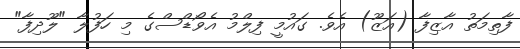
ފާތިމަތު އާޒިފާ (އަޒޫ) އެވެ. ގައުމީ ފިލްމު އެވޯޑްސްގެ މި ހަފުލާ "ލޫދިފާ"